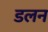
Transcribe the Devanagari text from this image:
डलन